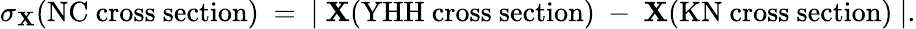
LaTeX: \sigma_{\mathbf{X}}(\mathrm{{NC~cross~section}})~=~\vert~\mathbf{X}(\mathrm{{YHH~cross~section}})~-~\mathbf{X}(\mathrm{{KN~cross~section}})~\vert.